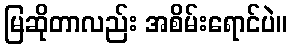
မြဆိုတာလည်း အစိမ်းရောင်ပဲ။